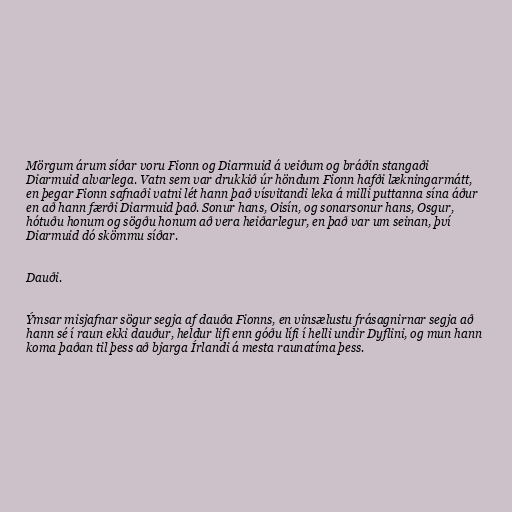
Mörgum árum síðar voru Fionn og Diarmuid á veiðum og bráðin stangaði
Diarmuid alvarlega. Vatn sem var drukkið úr höndum Fionn hafði lækningarmátt,
en þegar Fionn safnaði vatni lét hann það vísvitandi leka á milli puttanna sína áður
en að hann færði Diarmuid það. Sonur hans, Oisín, og sonarsonur hans, Osgur,
hótuðu honum og sögðu honum að vera heiðarlegur, en það var um seinan, því
Diarmuid dó skömmu síðar.

Dauði.

Ýmsar misjafnar sögur segja af dauða Fionns, en vinsælustu frásagnirnar segja að
hann sé í raun ekki dauður, heldur lifi enn góðu lífi í helli undir Dyflini, og mun hann
koma þaðan til þess að bjarga Írlandi á mesta raunatíma þess.